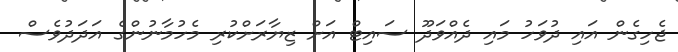
ޖެހިގެން އައި ދުވަހު މައި ދެއްވަދޫ ސައިޓް އަށް ޒިޔާރަށްކުރި މެހުމާނުންގެ އަދަދުވެސް